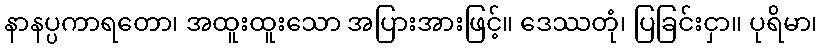
နာနပ္ပကာရတော၊ အထူးထူးသော အပြားအားဖြင့်။ ဒေဿတုံ၊ ပြခြင်းငှာ။ ပုရိမာ၊